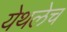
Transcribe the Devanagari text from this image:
येथलेच